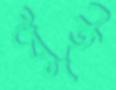
ধুঁই